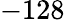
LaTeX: -128